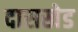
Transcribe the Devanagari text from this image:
दासखेड